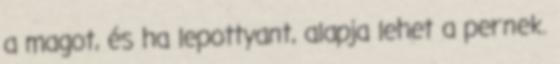
a magot, és ha lepottyant, alapja lehet a pernek.